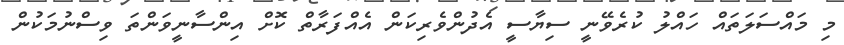
މި މައްސަލަތައް ހައްލު ކުރެވޭނީ ސިޔާސީ އެދުންވެރިކަން އެއްފަރާތް ކޮށް އިންސާނީވަންތަ ވިސްނުމަކުން